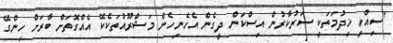
"ސިއްހީ ޚިދުމަތަކީ ސަރުކާރުން އިސްކަން ދީގެން އެހެނިހެން މަޝްރޫއުތަކެކޭ އެއްގޮތަށް ބާރަށް ހިންގޭ